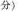
分)